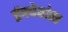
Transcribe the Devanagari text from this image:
ईक्वेशंस